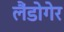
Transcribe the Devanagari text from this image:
लैंडोगेर